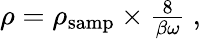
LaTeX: \begin{array}{r}{\rho=\rho_{\textrm{samp}}\times\frac{8}{\beta\omega}\mathrm{~,~}}\end{array}